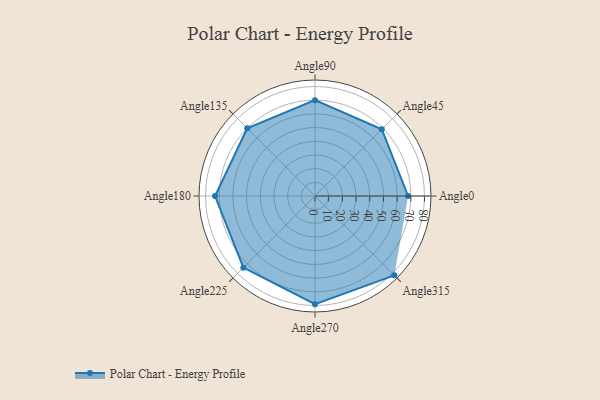
{"axis": {"x": "Angle", "y": "Radius"}, "legend": [""], "data": [{"x": "Angle0", "y": 68.0, "type": ""}, {"x": "Angle45", "y": 69.0, "type": ""}, {"x": "Angle90", "y": 70.0, "type": ""}, {"x": "Angle135", "y": 70.0, "type": ""}, {"x": "Angle180", "y": 73.0, "type": ""}, {"x": "Angle225", "y": 74.0, "type": ""}, {"x": "Angle270", "y": 79.0, "type": ""}, {"x": "Angle315", "y": 82.0, "type": ""}]}